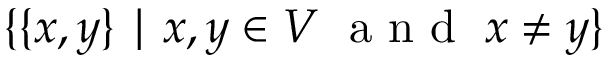
\{ \{ x , y \} \mid x , y \in V \; { \textrm { a n d } } \; x \neq y \}